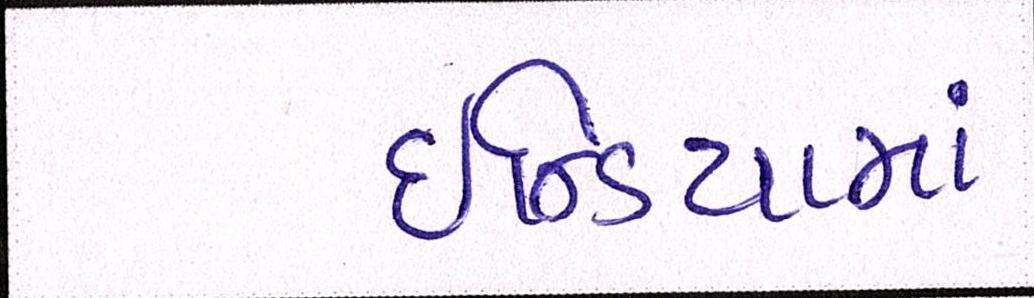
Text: ઇન્ડિયામાં